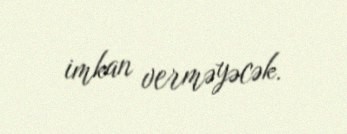
imkan verməyəcək.